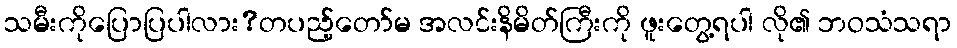
သမီးကိုပြောပြပါလား?တပည့်တော်မ အလင်းနိမိတ်ကြီးကို ဖူးတွေ့ရပါ လို၏ ဘဝသံသရာ